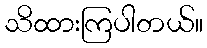
သိထားကြပါတယ်။